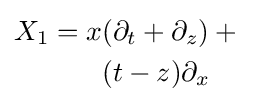
{\begin{aligned}X_{1}=x&(\partial _{t}+\partial _{z})+{}\\&(t-z)\partial _{x}\end{aligned}}